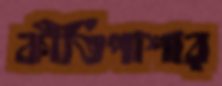
কীর্তিপাশার